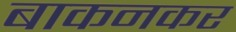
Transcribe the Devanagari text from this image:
बाकनकर